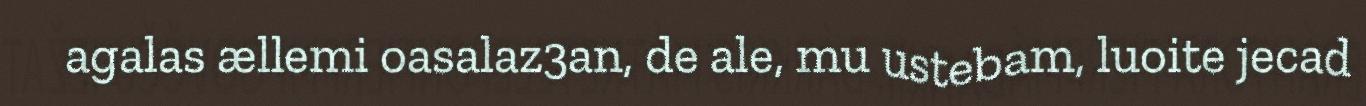
agalas ællemi oasalaz3an, de ale, mu ustebam, luoite jecad